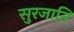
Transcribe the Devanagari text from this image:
सुरजाति